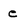
Character: e